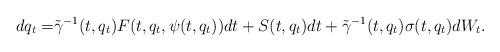
LaTeX: \begin{align*}dq_t=&\tilde\gamma^{-1}(t,q_t)F(t,q_t,\psi(t,q_t))dt+S(t,q_t)dt+\tilde\gamma^{-1}(t,q_t)\sigma(t,q_t)dW_t.\end{align*}